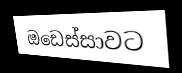
ඔඩෙස්සාවට